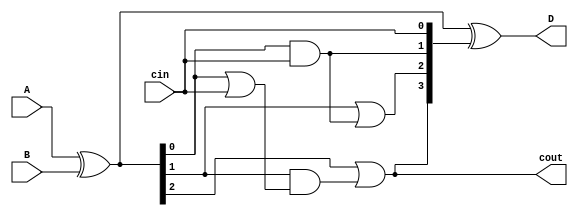
module Carry_lookahead_Subtractor (input [3:0] A, B, input cin, output [3:0] D, output cout);

wire [3:0] G, P, C;

assign G = A ^ B;
assign P = A & B;

assign C[0] = cin; 
assign C[1] = G[0] & cin;
assign C[2] = G[1] | (G[0] & cin);
assign C[3] = G[2] | (G[1] & (G[0] | cin));

assign D = G ^ C;
assign cout = C[3];

endmodule